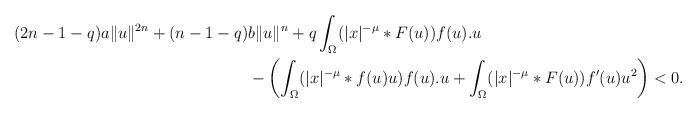
LaTeX: \begin{align*}(2n-1-q) a \|u\|^{2n} +(n-1-q) &b \|u\|^n +q \int_{\Omega} (|x|^{-\mu}*F(u)) f(u).u \\&- \left(\int_{\Omega} (|x|^{-\mu}*f(u)u)f(u).u + \int_{\Omega} (|x|^{-\mu}*F(u)) f'(u) u^2\right) <0.\end{align*}